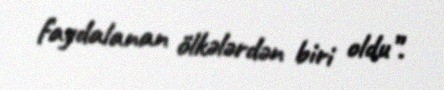
faydalanan ölkələrdən biri oldu”.